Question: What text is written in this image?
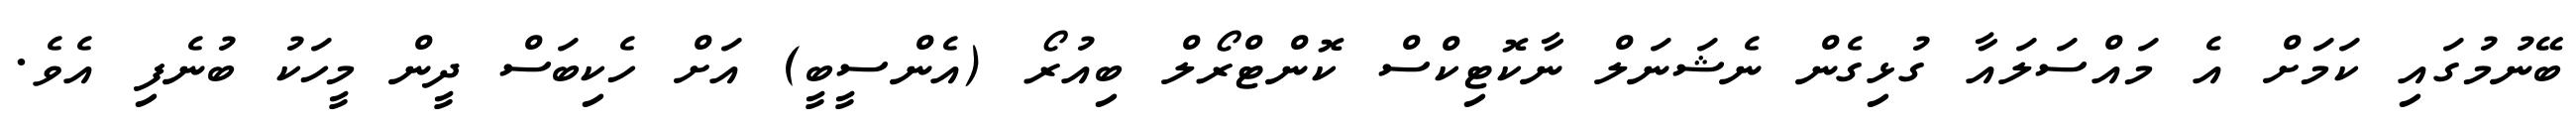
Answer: ބޭނުމުގައި ކަމަށް އެ މައްސަލައާ ގުޅިގެން ނެޝަނަލް ނާކޮޓިކްސް ކޮންޓްރޯލް ބިއުރޯ (އެންސީބީ) އަށް ހެކިބަސް ދީން މީހަކު ބުނެފި އެވެ.